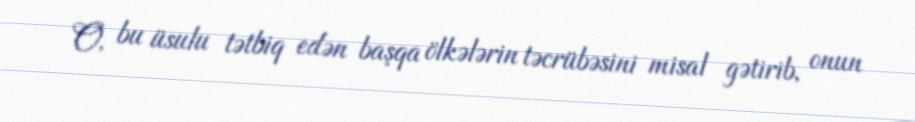
O, bu üsulu tətbiq edən başqa ölkələrin təcrübəsini misal gətirib, onun